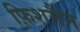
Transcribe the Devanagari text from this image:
फ़िशमैन